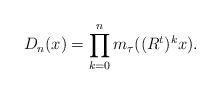
LaTeX: \begin{align*}D_n(x)=\prod_{k=0}^{n}m_\tau((R^{t})^{k}x).\end{align*}